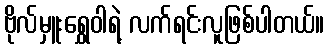
ဗိုလ်မှူးရွှေဝါရဲ့ လက်ရင်းလူဖြစ်ပါတယ်။